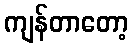
ကျန်တာတော့